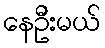
နေဦးမယ်